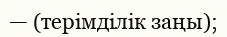
— (терімділік заңы);